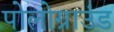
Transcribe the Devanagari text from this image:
पोलोग्राउंड